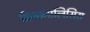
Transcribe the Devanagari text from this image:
क्रिप्तानालिसिस